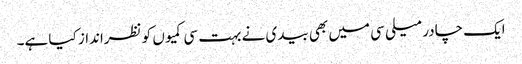
ایک چادر میلی سی میں بھی بیدی نے بہت سی کمیوں کو نظرانداز کیا ہے۔